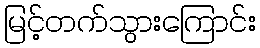
မြင့်တက်သွားကြောင်း